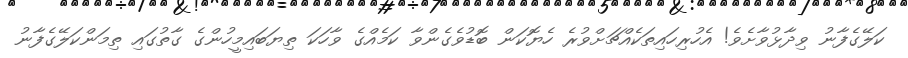
ކަލޭގެފާނު ވިދާޅުވާށެވެ! އެހުރިހައިތަކެއްޗަށްވުރެ ހެޔޮކަން ބޮޑުވެގެންވާ ކަމެއްގެ ވާހަކަ ތިޔަބައިމީހުންގެ ގާތުގައި ތިމަންކަލޭގެފާނު